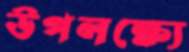
উপলক্ষ্যে